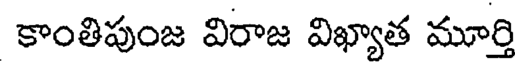
కాంతిపుంజ విరాజ విఖ్యాత మూర్తి